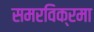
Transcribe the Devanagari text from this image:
समरविक्रमा